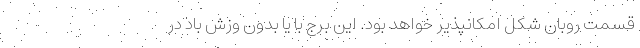
قسمت روبان شکل امکانپذیر خواهد بود. این برج با یا بدون وزش باد در